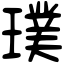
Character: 璞